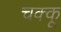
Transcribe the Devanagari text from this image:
चक्कू